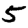
Digit: 5